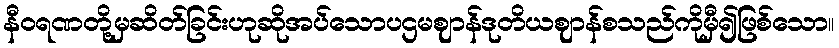
နီဝရဏတို့မှဆိတ်ခြင်းဟုဆိုအပ်သောပဌမဈာန်ဒုတိယဈာန်စသည်ကိုမှီ၍ဖြစ်သော။